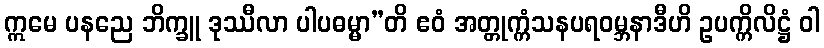
ဣမေ ပနညေ ဘိက္ခူ ဒုဿီလာ ပါပဓမ္မာ”တိ ဧဝံ အတ္တုက္ကံသနပရဝမ္ဘနာဒီဟိ ဥပက္ကိလိဋ္ဌံ ဝါ